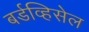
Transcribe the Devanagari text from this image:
बर्डव्हिसेल